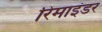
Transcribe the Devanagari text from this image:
रिमाइंडर